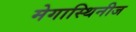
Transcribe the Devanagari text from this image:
मेगास्थिनीज